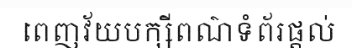
ពេញវ័យបក្សីពណ៌ទំព័រផ្តល់